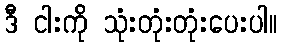
ဒီ ငါးကို သုံးတုံးတုံးပေးပါ။